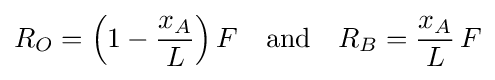
R_{O}=\left(1-{\frac {x_{A}}{L}}\right)F\quad {\text{and}}\quad R_{B}={\frac {x_{A}}{L}}\,F